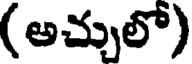
(అచ్చులో)